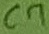
Text: C7